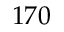
1 7 0